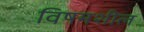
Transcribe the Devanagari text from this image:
विषमशील